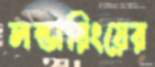
লন্ডারিংয়ের